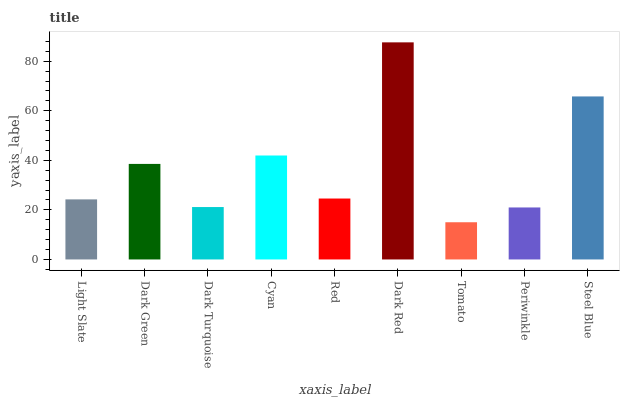
| xaxis_label | bars |
 | --- | --- |
 | Light Slate | 24.2 |
 | Dark Green | 38.6 |
 | Dark Turquoise | 21.2 |
 | Cyan | 42 |
 | Red | 24.6 |
 | Dark Red | 87.6 |
 | Tomato | 15 |
 | Periwinkle | 21 |
 | Steel Blue | 65.8 |